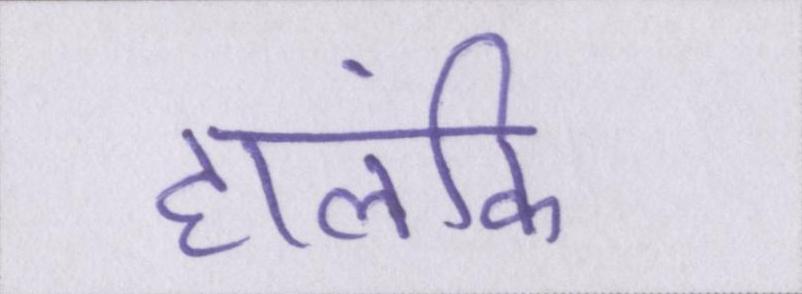
हालंकि